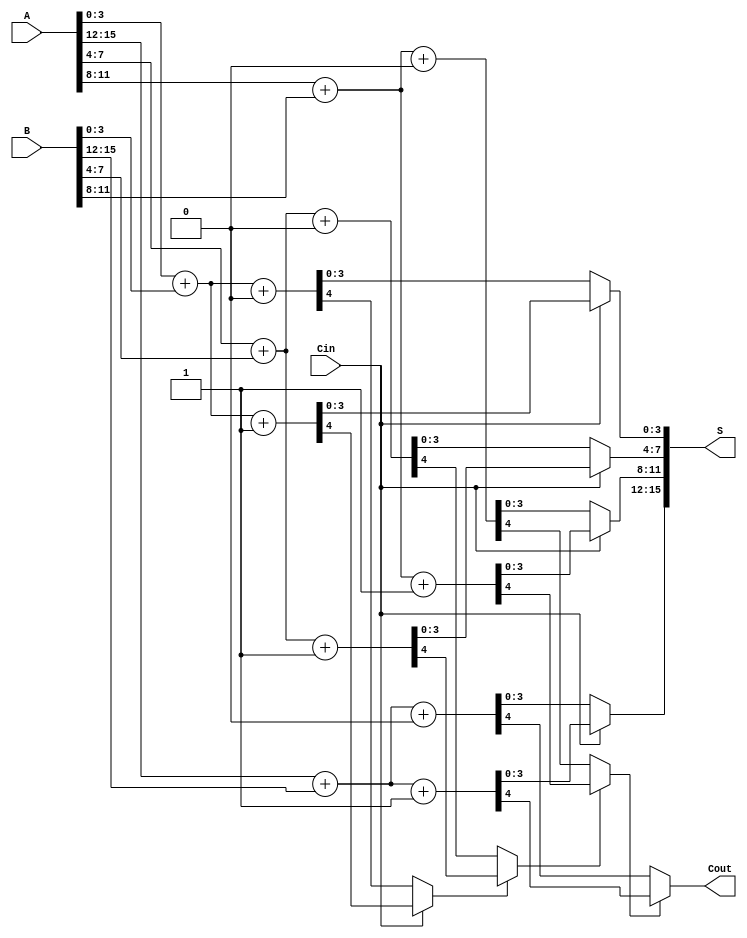
module carry_select_adder (
    input  [15:0] A,      // 16-bit input A
    input  [15:0] B,      // 16-bit input B
    input         Cin,     // Carry-in
    output [15:0] S,      // 16-bit sum output
    output        Cout     // Carry-out
);

    // Intermediate signals for the sums and carries
    wire [3:0] S0 [3:0]; // Sums when Cin = 0
    wire [3:0] S1 [3:0]; // Sums when Cin = 1
    wire       C0 [3:0]; // Carries when Cin = 0
    wire       C1 [3:0]; // Carries when Cin = 1
    wire       C_temp [3:0]; // Temporary carry outputs

    // 4-bit adder for each segment
    genvar i;
    generate
        for (i = 0; i < 4; i = i + 1) begin : adder_block
            // Calculate sums and carries for Cin = 0
            assign {C0[i], S0[i]} = A[i*4 +: 4] + B[i*4 +: 4] + 1'b0;
            // Calculate sums and carries for Cin = 1
            assign {C1[i], S1[i]} = A[i*4 +: 4] + B[i*4 +: 4] + 1'b1;
        end
    endgenerate

    // Select the appropriate sum and carry based on the actual Cin
    generate
        for (i = 0; i < 4; i = i + 1) begin : select_block
            // Mux to select S based on Cin
            assign S[i*4 +: 4] = (Cin) ? S1[i] : S0[i];
            // Mux to select Cout
            if (i == 0) begin
                assign C_temp[i] = (Cin) ? C1[i] : C0[i];
            end else begin
                assign C_temp[i] = (C_temp[i-1]) ? C1[i] : C0[i];
            end
        end
    endgenerate

    // Final carry-out
    assign Cout = C_temp[3];

endmodule